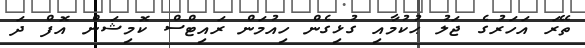
ތޭރަ އަހަރުގެ ޖަލު ޙުކުމާއި ގުޅިގެން ހިއުމަން ރައިޓްސް ކޮމިޝަން އޮފް ދަ